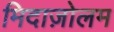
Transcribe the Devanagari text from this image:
मिदाज़ोलम